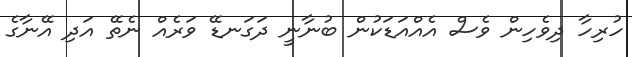
ހުރިހާ ދިވެހިން ވެސް އެއްއަޑަކުން ބުނާނީ ދަގަނޑޭ ވަރެއް ނެތޭ އަދި އޭނާގެ